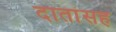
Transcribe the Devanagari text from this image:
दातांसह